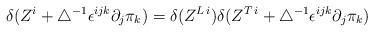
\begin{align*}\delta(Z^i+\bigtriangleup^{-1}\epsilon^{ijk}\partial_j \pi_k) =\delta(Z^{L\,i})\delta(Z^{T\,i}+\bigtriangleup^{-1}\epsilon^{ijk}\partial_j\pi_k)\end{align*}